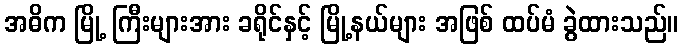
အဓိက မြို့ ကြီးများအား ခရိုင်နှင့် မြို့နယ်များ အဖြစ် ထပ်မံ ခွဲထားသည်။